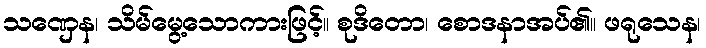
သဏှေန၊ သိမ်မွေ့သောကားဖြင့်။ စုဒိတော၊ စောဒနာအပ်၏။ ဖရုသေန၊